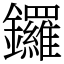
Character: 鑼